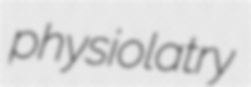
physiolatry